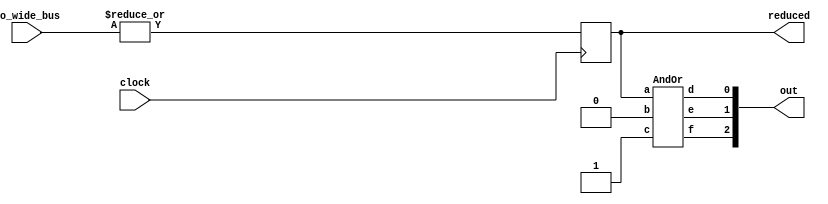
module Constants(input clock, input [5:0] io_wide_bus, output reduced, output [2: 0] out);

  reg reduce_it;
  assign reduced = reduce_it;

  AndOr mod(reduce_it, 1'b0, 1'b1, out[0], out[1], out[2]);
  
  always @(posedge clock) begin
    reduce_it = |io_wide_bus;
  end
endmodule

module AndOr(input a, input b, input c, output d, output e, output f);
    AndModule x(a, b, d);
    OrWrapper y(b, c, e, h);
    OrModule  z(1'b1, h, f);
endmodule

module AndModule(input a, input b, output c);
    assign c = a & b;
endmodule

module OrWrapper(input a, input b, output c, output d);
    OrModule z(a, b, c);
    assign d = ~a | b;
endmodule

module OrModule(input a, input b, output c);
    assign c = a | b;
endmodule